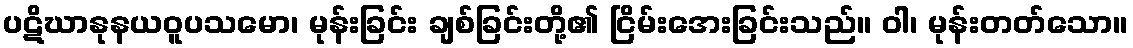
ပဋိဃာနုနယဝူပသမော၊ မုန်းခြင်း ချစ်ခြင်းတို့၏ ငြိမ်းအေးခြင်းသည်။ ဝါ၊ မုန်းတတ်သော။